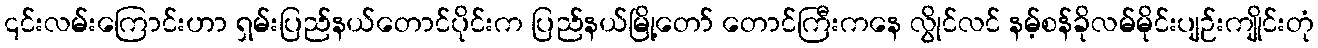
၎င်းလမ်းကြောင်းဟာ ရှမ်းပြည်နယ်တောင်ပိုင်းက ပြည်နယ်မြို့တော် တောင်ကြီးကနေ လွိုင်လင် နမ့်စန်ခိုလမ်မိုင်းပျဉ်းကျိုင်းတုံ